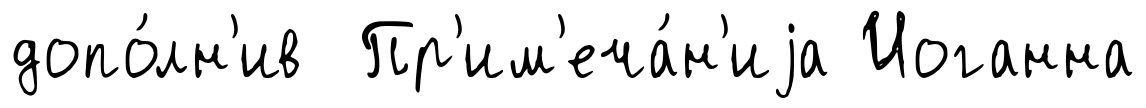
допо́лн'ив Пр'им'еча́н'иjа Иоганна